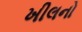
ખીલનો